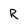
Character: R